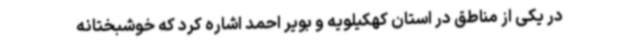
در یکی از مناطق در استان کهکیلویه و بویر احمد اشاره کرد که خوشبختانه